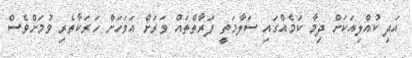
އަދި ކުއްލިއަކަށް ދިމާ ކަމެއްގައި ސަލާމަތީ ފަރާތްތައް ވަރަށް އަވަހަށް ހަރަކާތެރި ވުމަށްވެސް